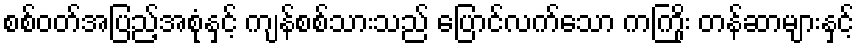
စစ်ဝတ်အပြည့်အစုံနှင့် ကျန်စစ်သားသည် ပြောင်လက်သော ကကြိုး တန်ဆာများနှင့်